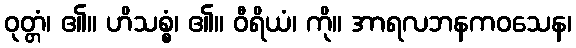
ဝုတ္တံ၊ ၏။ ဟိသစ္စံ၊ ၏။ ဝီရိယံ၊ ကို။ အာရလဘနကဝသေန၊